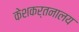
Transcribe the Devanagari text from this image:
केशकर्तनालय